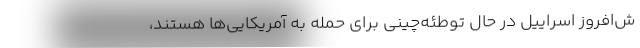
ش‌افروز اسراییل در حال توطئه‌چینی برای حمله به آمریکایی‌ها هستند،